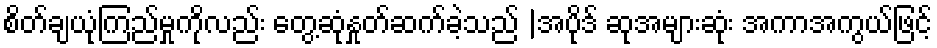
စိတ်ချယုံကြည်မှုကိုလည်း တွေ့ဆုံနှုတ်ဆက်ခဲ့သည် |အပိုဒ် ဆုအများဆုံး အကာအကွယ်ဖြင့်